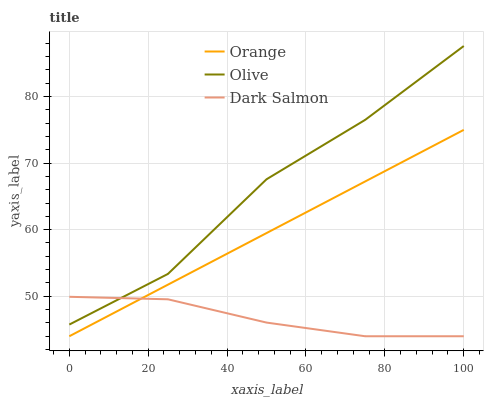
| xaxis_label | Orange | Olive | Dark Salmon |
 | --- | --- | --- | --- |
 | 0 | 44 | 45.8 | 49.9 |
 | 25 | 51.7 | 53.4 | 49.5 |
 | 50 | 59.5 | 67.6 | 46.1 |
 | 75 | 67.2 | 76.5 | 44 |
 | 100 | 75 | 87.6 | 44 |